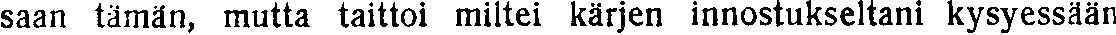
saan tämän, mutta taittoi miltei kärjen innostukseltani kysyessään